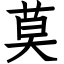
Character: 莫